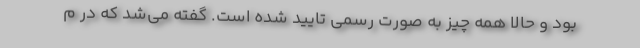
بود و حالا همه چیز به صورت رسمی تایید شده است. گفته می‌شد که در م